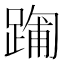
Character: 𮛻